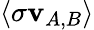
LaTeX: \langle\sigma\mathbf{v}_{A,B}\rangle